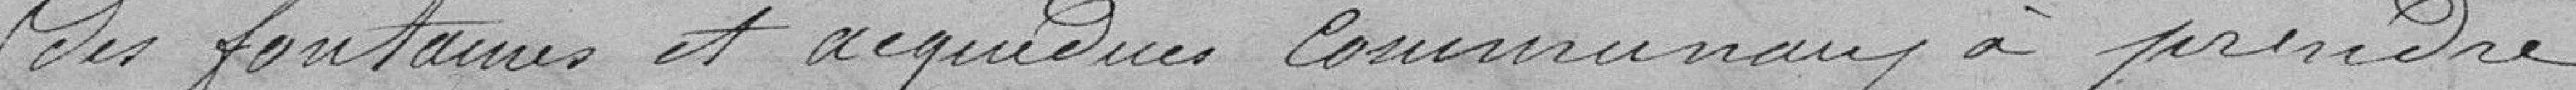
des fontaines et aqueducs communaux à prendre